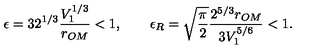
\epsilon = 3 2 ^ { 1 / 3 } \frac { V _ { 1 } ^ { 1 / 3 } } { r _ { O M } } < 1 , \qquad \epsilon _ { R } = \sqrt { \frac { \pi } { 2 } } \frac { 2 ^ { 5 / 3 } r _ { O M } } { 3 V _ { 1 } ^ { 5 / 6 } } < 1 .